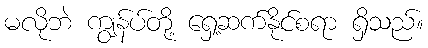
မလိုဘဲ ကျွန်ပ်တို့ ရှေ့ဆက်နိုင်စရာ ရှိသည်။